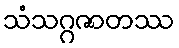
သံသဂ္ဂဇာတဿ